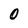
Character: O